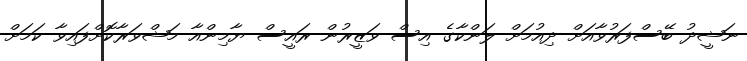
ނަޝީދު ބޭސްފަރުވާއަށް ދިއުމަށް ލަންކާގެ އިސް ވަޒީރުން ރައީސް ޔާމިންއާ މަޝްވަރާކޮށްފައިވާ ކަމަށް